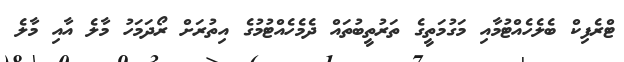
ޓްރެފިކް ބެލެހެއްޓުމާއި މަގުމަތީގެ ތަރުތީބުތައް ދެމެހެއްޓުމުގެ އިތުރަށް ރޯދަމަހު މާލެ އާއި މާލެ